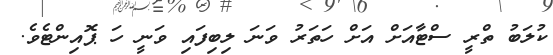
ކުލަބު ތްރީ ސްޓާއަށް އަށް ހަތަރު ވަނަ ލިބިފައި ވަނީ ހަ ޕޮއިންޓެވެ.